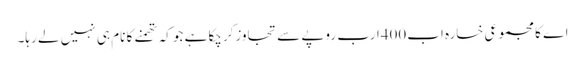
اے کا مجموعی خسارہ اب400ارب روپے سے تجاوزکرچکا ہے جو کہ تھمنے کا نام ہی نہیں لے رہا۔